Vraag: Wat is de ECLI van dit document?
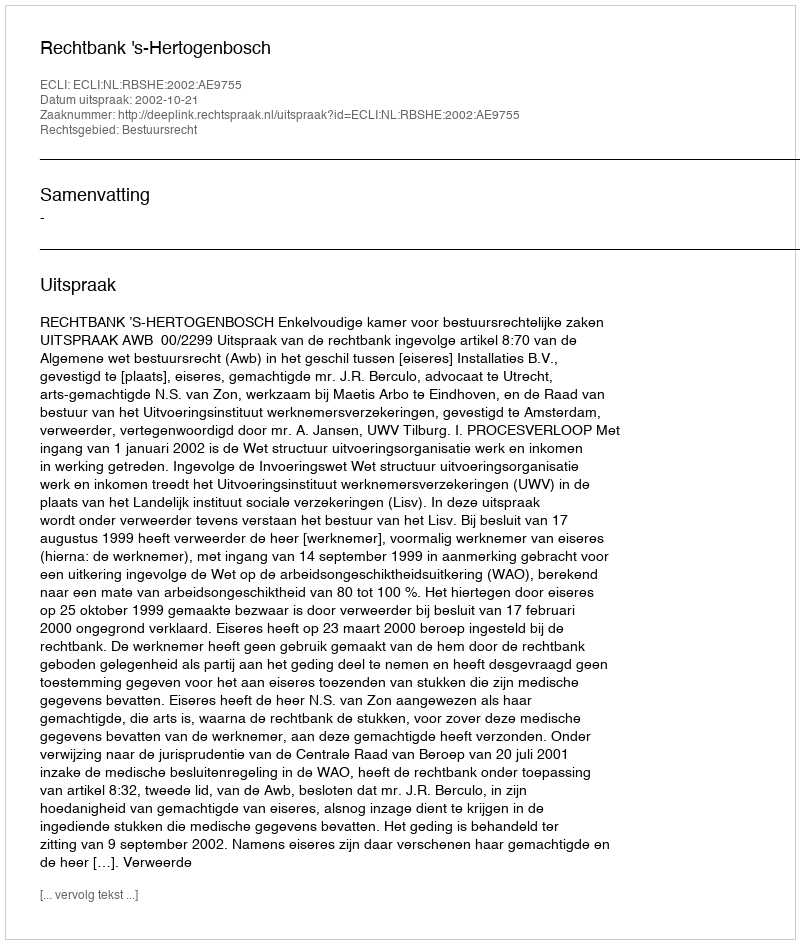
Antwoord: ECLI:NL:RBSHE:2002:AE9755